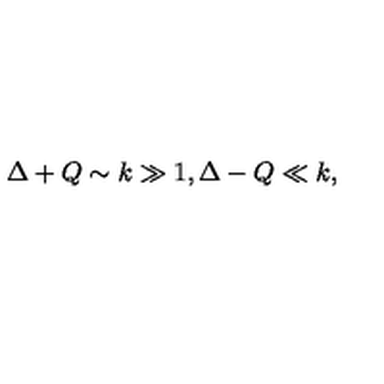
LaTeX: \Delta + Q \sim k \gg 1 , \Delta - Q \ll k ,